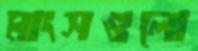
মাংসগুলো